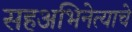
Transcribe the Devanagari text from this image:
सहअभिनेत्याचे